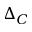
\Delta _ { C }